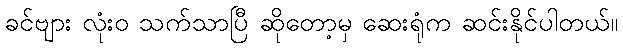
ခင်ဗျား လုံးဝ သက်သာပြီ ဆိုတော့မှ ဆေးရုံက ဆင်းနိုင်ပါတယ်။